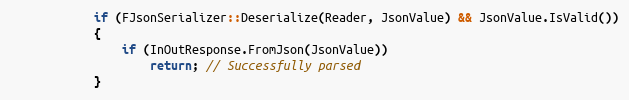
Language: C++
			if (FJsonSerializer::Deserialize(Reader, JsonValue) && JsonValue.IsValid())
			{
				if (InOutResponse.FromJson(JsonValue))
					return; // Successfully parsed
			}